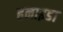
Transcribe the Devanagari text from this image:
हनाइडा